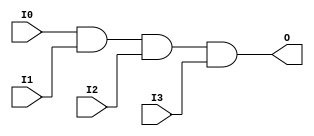
//    Xilinx Proprietary Primitive Cell X_AND4 for Verilog
//
// $Header: /devl/xcs/repo/env/Databases/CAEInterfaces/xec_libs/data/unisims/X_AND4.v,v 1.1 2007/05/02 17:37:39 vandanad Exp $
//

`celldefine
`timescale 1 ps/1 ps

module X_AND4 (O, I0, I1, I2, I3);

  output O;
  input I0, I1, I2, I3;

  and (O, I0, I1, I2, I3);

endmodule